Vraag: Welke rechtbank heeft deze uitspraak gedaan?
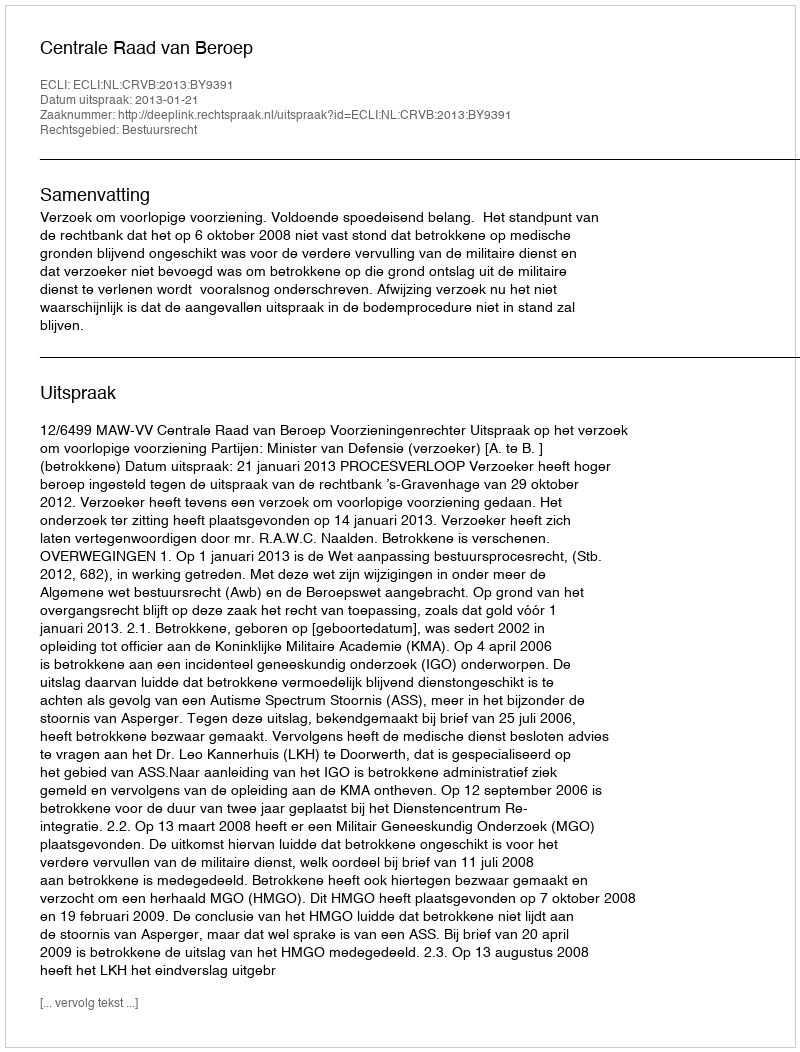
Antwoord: Centrale Raad van Beroep